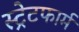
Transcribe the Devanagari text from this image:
स्ट्रेटफार्म